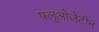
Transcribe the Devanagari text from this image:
फ़्लूओजेटीन